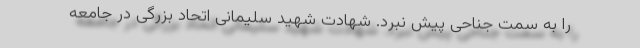
را به سمت جناحی پیش نبرد. شهادت شهید سلیمانی اتحاد بزرگی در جامعه